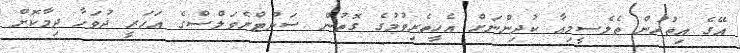
އޭގެ އިތުރުން ތެލެސީމިއާ ކުދިންނަށް އެހީތެރިވުމުގެ ގޮތުން ސަންޓްރެވަލްސްގެ އަހަރީ ދުވަހާ ދިމާކޮށް